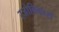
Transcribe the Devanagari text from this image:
रजोविकारों